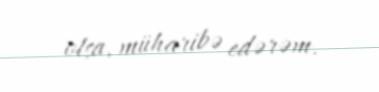
olsa, müharibə edərəm.